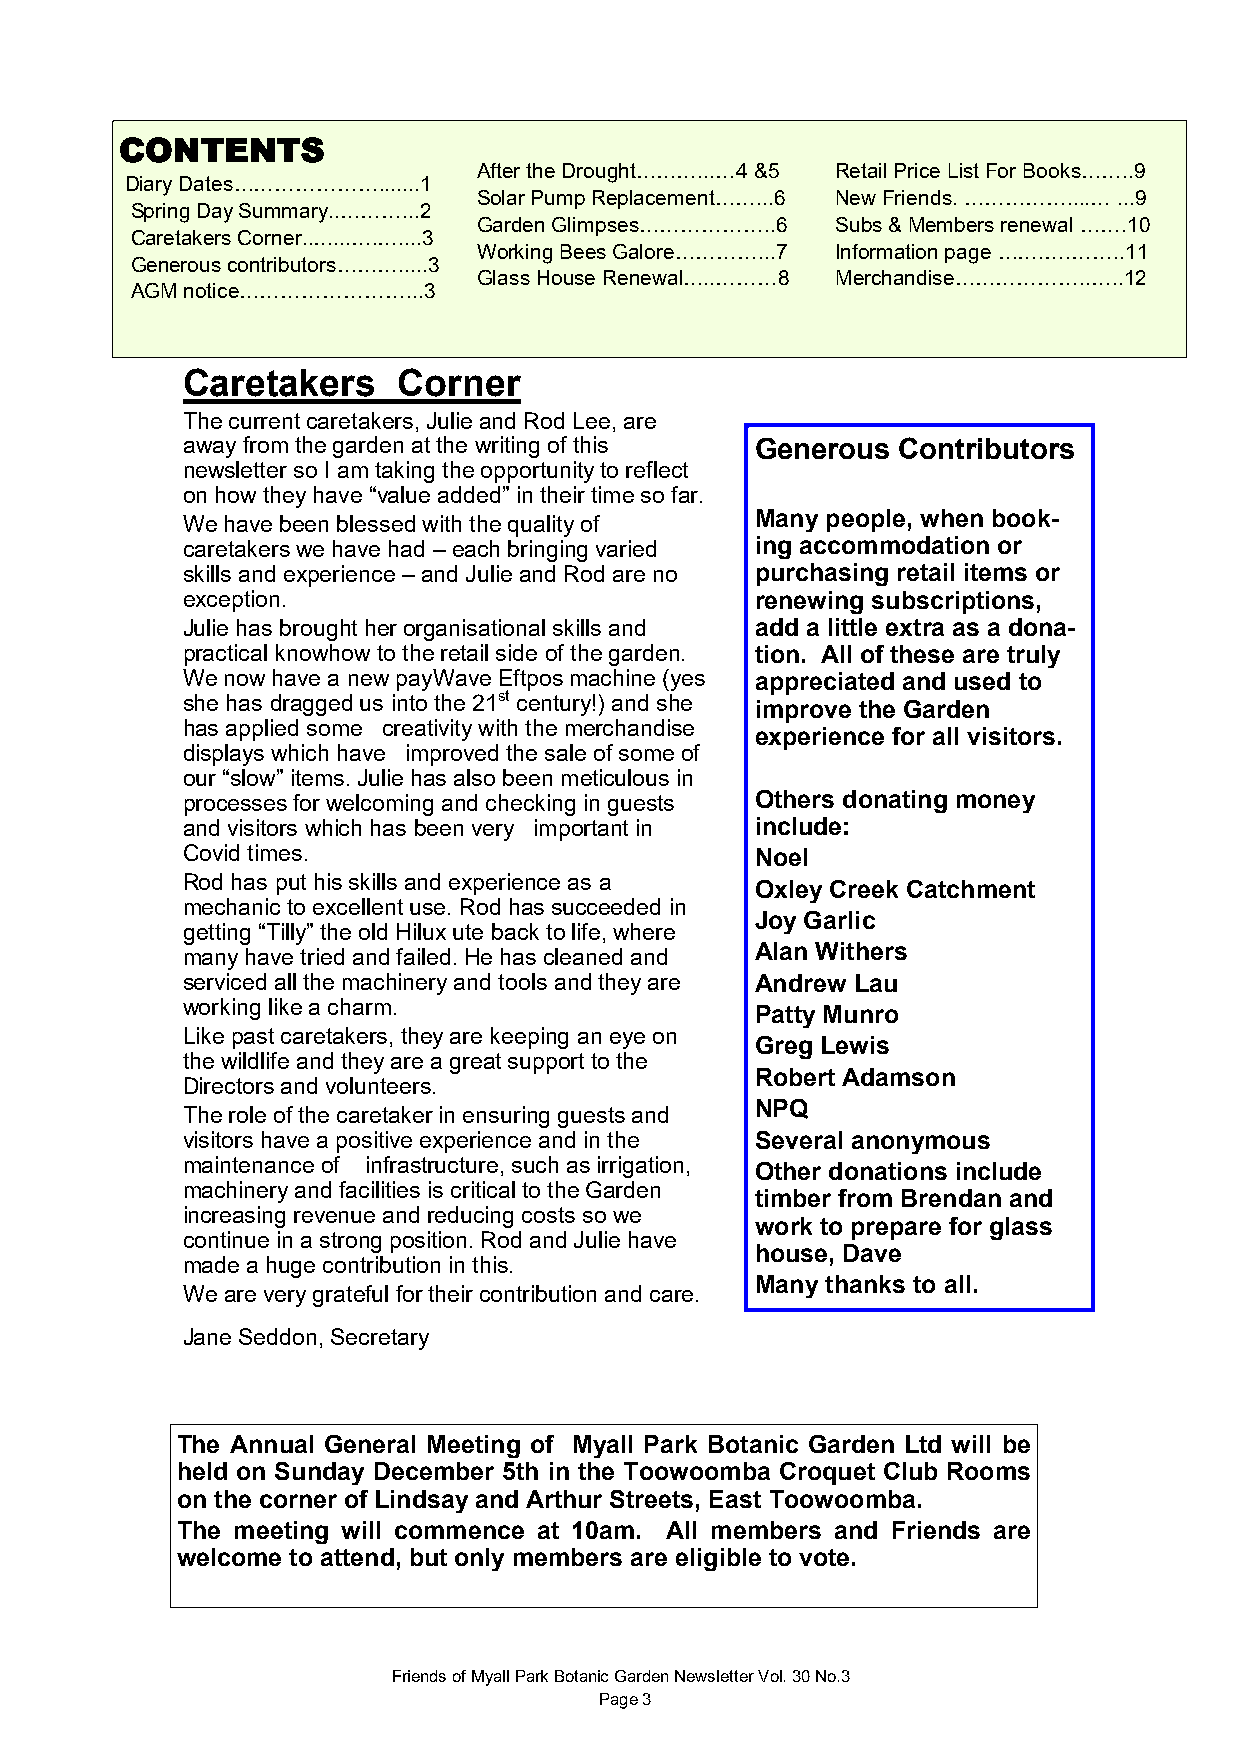
CONTENTS
 After the Drought………...…4 &5 Retail Price List For Books……..9
 Diary Dates………………….......1
 Solar Pump Replacement……...6 New Friends. ……………....… ...9
 Spring Day Summary..………...2
 Garden Glimpses………………..6 Subs & Members renewal …….10
 Caretakers Corner..…...….…....3
 Working Bees Galore…………...7 Information page …….….……..11
 Generous contributors……….....3
 Glass House Renewal…..………8 Merchandise………………..…..12
 AGM notice……………………...3
 Caretakers    Corner
 The current caretakers, Julie and Rod Lee, are
 away from the garden at the writing of this Generous Contributors
 newsletter so I am taking the opportunity to reflect
 on how they have “value added” in their time so far.
 Many people, when book-
 We have been blessed with the quality of
 caretakers we have had – each bringing varied ing accommodation or
 skills and experience – and Julie and Rod are no purchasing retail items or
 exception.                            renewing subscriptions,
 Julie has brought her organisational skills and add a little extra as a dona-
 practical knowhow to the retail side of the garden. tion. All of these are truly
 We now have a new payWave Eftpos machine (yes appreciated and used to
 she has dragged us into the 21st century!) and she improve the Garden
 has applied some creativity with the merchandise
 experience for all visitors.
 displays which have improved the sale of some of
 our “slow” items. Julie has also been meticulous in
 processes for welcoming and checking in guests Others donating money
 and visitors which has been very important in include:
 Covid times.                          Noel
 Rod has put his skills and experience as a Oxley Creek Catchment
 mechanic to excellent use. Rod has succeeded in
 Joy Garlic
 getting “Tilly” the old Hilux ute back to life, where
 Alan Withers
 many have tried and failed. He has cleaned and
 serviced all the machinery and tools and they are Andrew Lau
 working like a charm.
 Patty Munro
 Like past caretakers, they are keeping an eye on
 Greg Lewis
 the wildlife and they are a great support to the
 Robert Adamson
 Directors and volunteers.
 NPQ
 The role of the caretaker in ensuring guests and
 visitors have a positive experience and in the Several anonymous
 maintenance of infrastructure, such as irrigation, Other donations include
 machinery and facilities is critical to the Garden
 timber from Brendan and
 increasing revenue and reducing costs so we
 work to prepare for glass
 continue in a strong position. Rod and Julie have
 house, Dave
 made a huge contribution in this.
 Many thanks to all.
 We are very grateful for their contribution and care.
 Jane Seddon, Secretary
 The Annual General Meeting of Myall Park Botanic Garden Ltd will be
 held on Sunday December 5th in the Toowoomba Croquet Club Rooms
 on the corner of Lindsay and Arthur Streets, East Toowoomba.
 The meeting will commence at 10am. All members and Friends are
 welcome to attend, but only members are eligible to vote.
 Friends of Myall Park Botanic Garden Newsletter Vol. 30 No.3
 Page 3